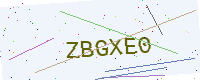
Text: ZBGXE0